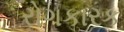
રોગકારક